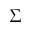
\Sigma